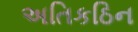
અતિકઠિન